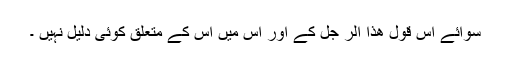
سوائے اِس قول ھذا الر جل کے اور اِس میں اِس کے متعلق کوئی دلیل نہیں ۔